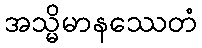
အသ္မိမာနဿေတံ